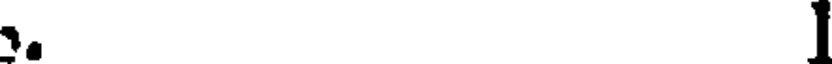
.